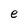
Character: e